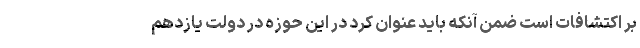
بر اکتشافات است ضمن آنکه باید عنوان کرد در این حوزه در دولت یازدهم